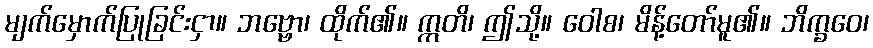
မျက်မှောက်ပြုခြင်းငှာ။ ဘဗ္ဗော၊ ထိုက်၏။ ဣတိ၊ ဤသို့။ ဝေါစ၊ မိန့်တော်မူ၏။ ဘိက္ခဝေ၊